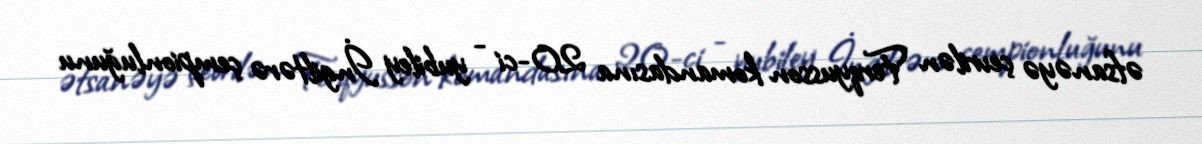
əfsanəyə çevrilən Ferqyusson komandasına 20-ci - yubiley İngiltərə çempionluğunu